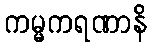
ကမ္မကရဏာနိ